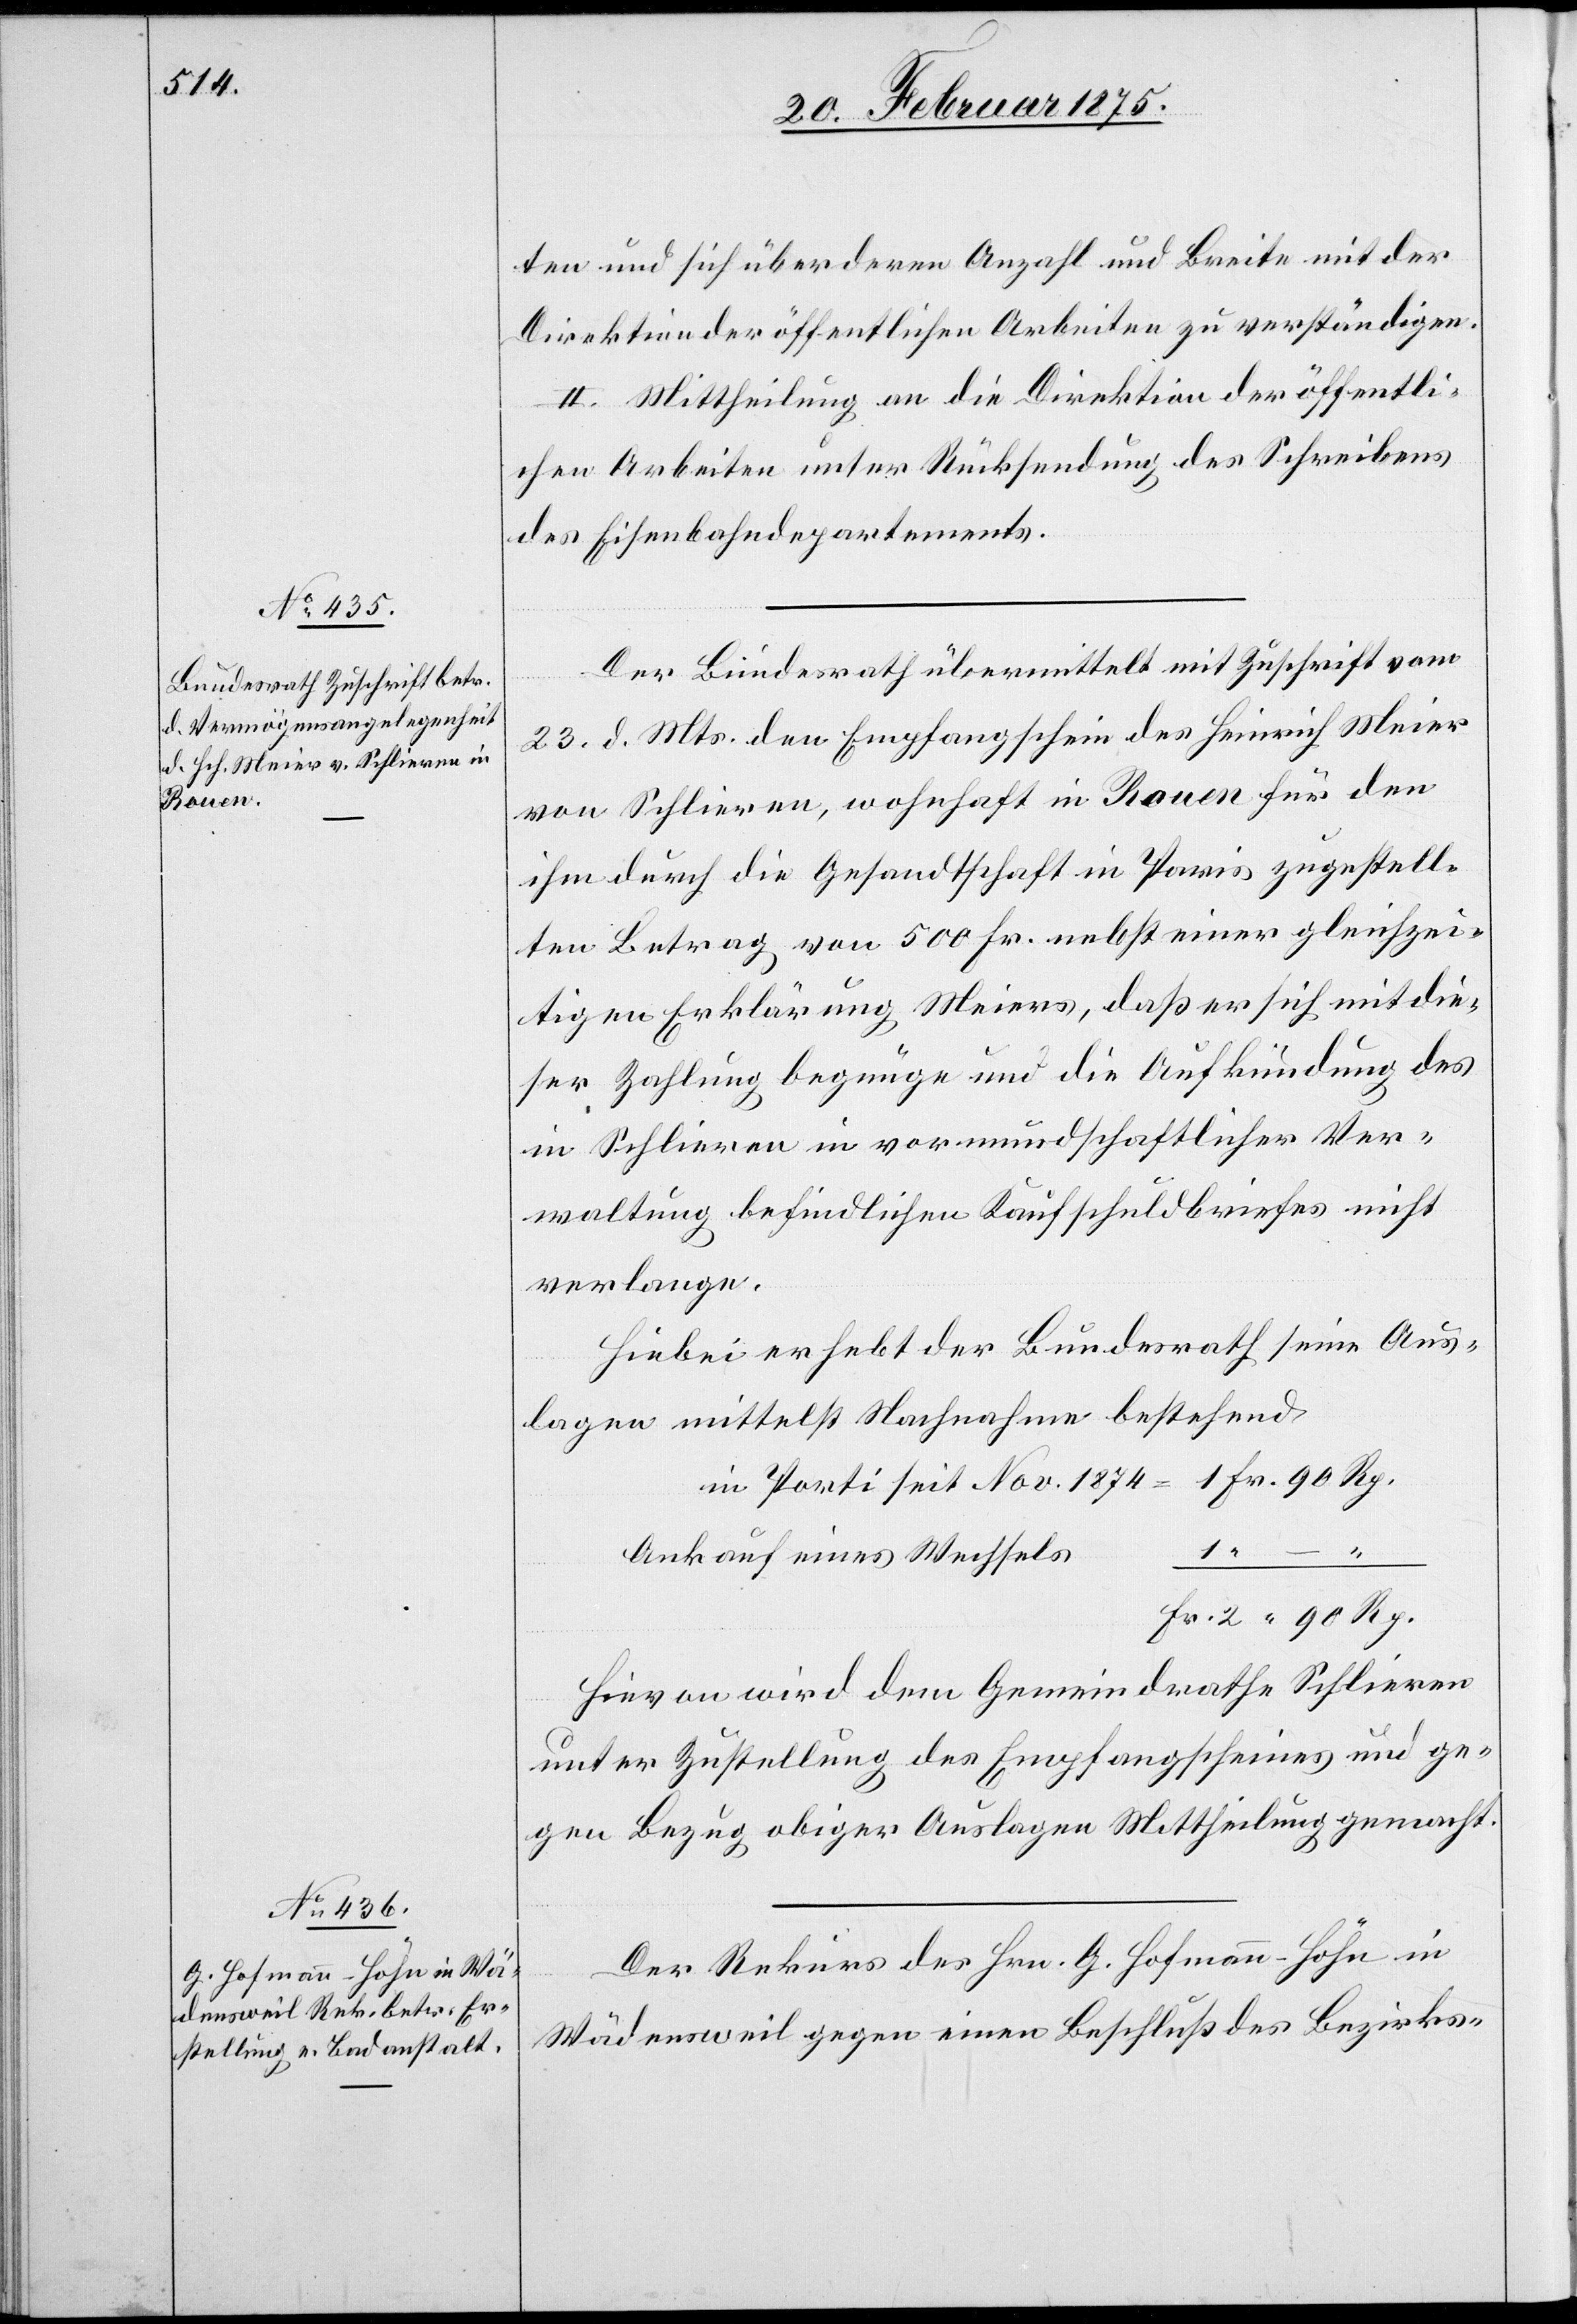
25. Februar 1875.]
ten und sich über deren Anzahl und Breite mit der
Direktion der öffentlichen Arbeiten zu verständigen.
II. Mittheilung an die Direktion der öffentli¬
chen Arbeiten unter Rücksendung des Schreibens
des Eisenbahndepartements.
Der Bundesrath übermittelt mit Zuschrift vom
Rp.
23. d. Mts. den Empfangschein des Heinrich Meier
von Schlieren, wohnhaft in Rouen für den
ihm durch die Gesandtschaft in Paris zugestell¬
ten Betrag von 500 Fr. nebst einer gleichzei¬
tigen Erklärung Meiers, daß er sich mit die¬
ser Zahlung begnüge und die Aufkündung des
in Schlieren in vormundschaftlicher Ver¬
waltung befindlichen Kaufschuldbriefes nicht
verlange.
Hiebei erhebt der Bundesrath seine Aus¬
lagen mittelst Nachnahme bestehend
–
1.
Ankauf eines Wechsels
Hievon wird dem Gemeindrathe Schlieren
seit
unter Zustellung des Empfangscheines und ge¬
gen Bezug obiger Auslagen Mittheilung gemacht.
Der Rekurs des Hrn. G. Hofmann-Höhn in
Wädensweil gegen eine Beschluß des Bezirks-